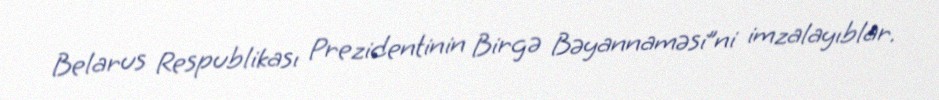
Belarus Respublikası Prezidentinin Birgə Bəyannaməsi”ni imzalayıblar.